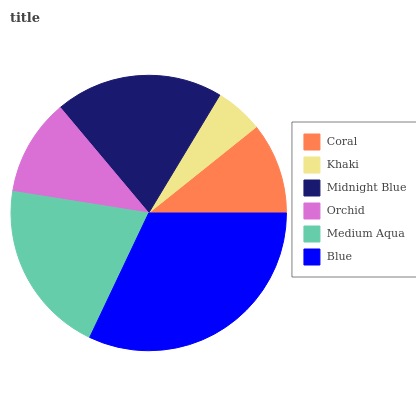
| Coral | Khaki | Midnight Blue | Orchid | Medium Aqua | Blue |
 | --- | --- | --- | --- | --- | --- |
 | 10.7% | 5.62% | 19.7% | 11.4% | 20.5% | 32% |